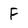
Character: F